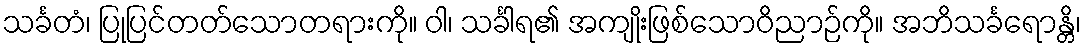
သင်္ခတံ၊ ပြုပြင်တတ်သောတရားကို။ ဝါ၊ သင်္ခါရ၏ အကျိုးဖြစ်သောဝိညာဉ်ကို။ အဘိသင်္ခရောန္တိ၊